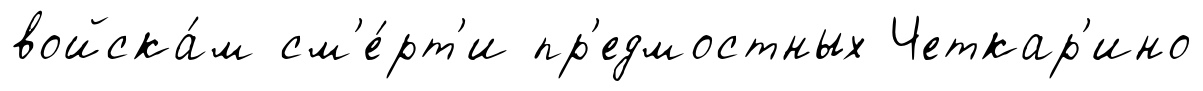
войска́м см'е́рт'и пр'едмостных Четкар'ино